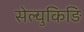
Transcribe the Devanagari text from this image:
सेल्युकिड़ि